Lunatic asylums Madras 1877-1891 - 1877-1891
Year: 1877
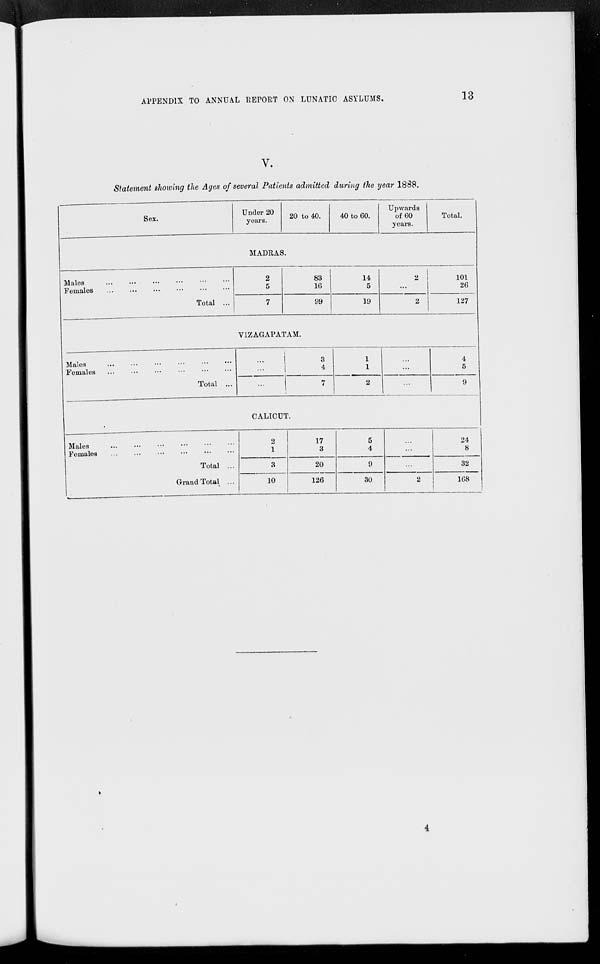
APPENDIX TO ANNUAL REPORT ON LUNATIC ASYLUMS.
13
V.
Statement showing the Ages of several Patients admitted during the year 1888.
Sex.
Under 20
years.
20 to 40.
40 to 60.
Upwards
of 60
years.
Total.
MADRAS.
Males
...
...
...
...
...
...
Females
...
...
...
...
...
...
Total ...
2
5
7
83
16
99
14
5
19
2
...
2
101
26
127
VIZAGAPATAM.
Males ... ... ... ... ... ...
Females
...
...
...
...
...
...
Total ...
...
...
...
3
4
7
1
1
2
...
...
...
4
5
9
CALICUT.
Males
...
...
...
...
...
...
Females
...
...
...
...
...
Total ...
Grand Total ...
2
1
3
10
17
3
20
126
5
4
9
30
...
...
...
2
24
8
32
168
4